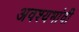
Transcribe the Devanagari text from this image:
अवश्यभांवी